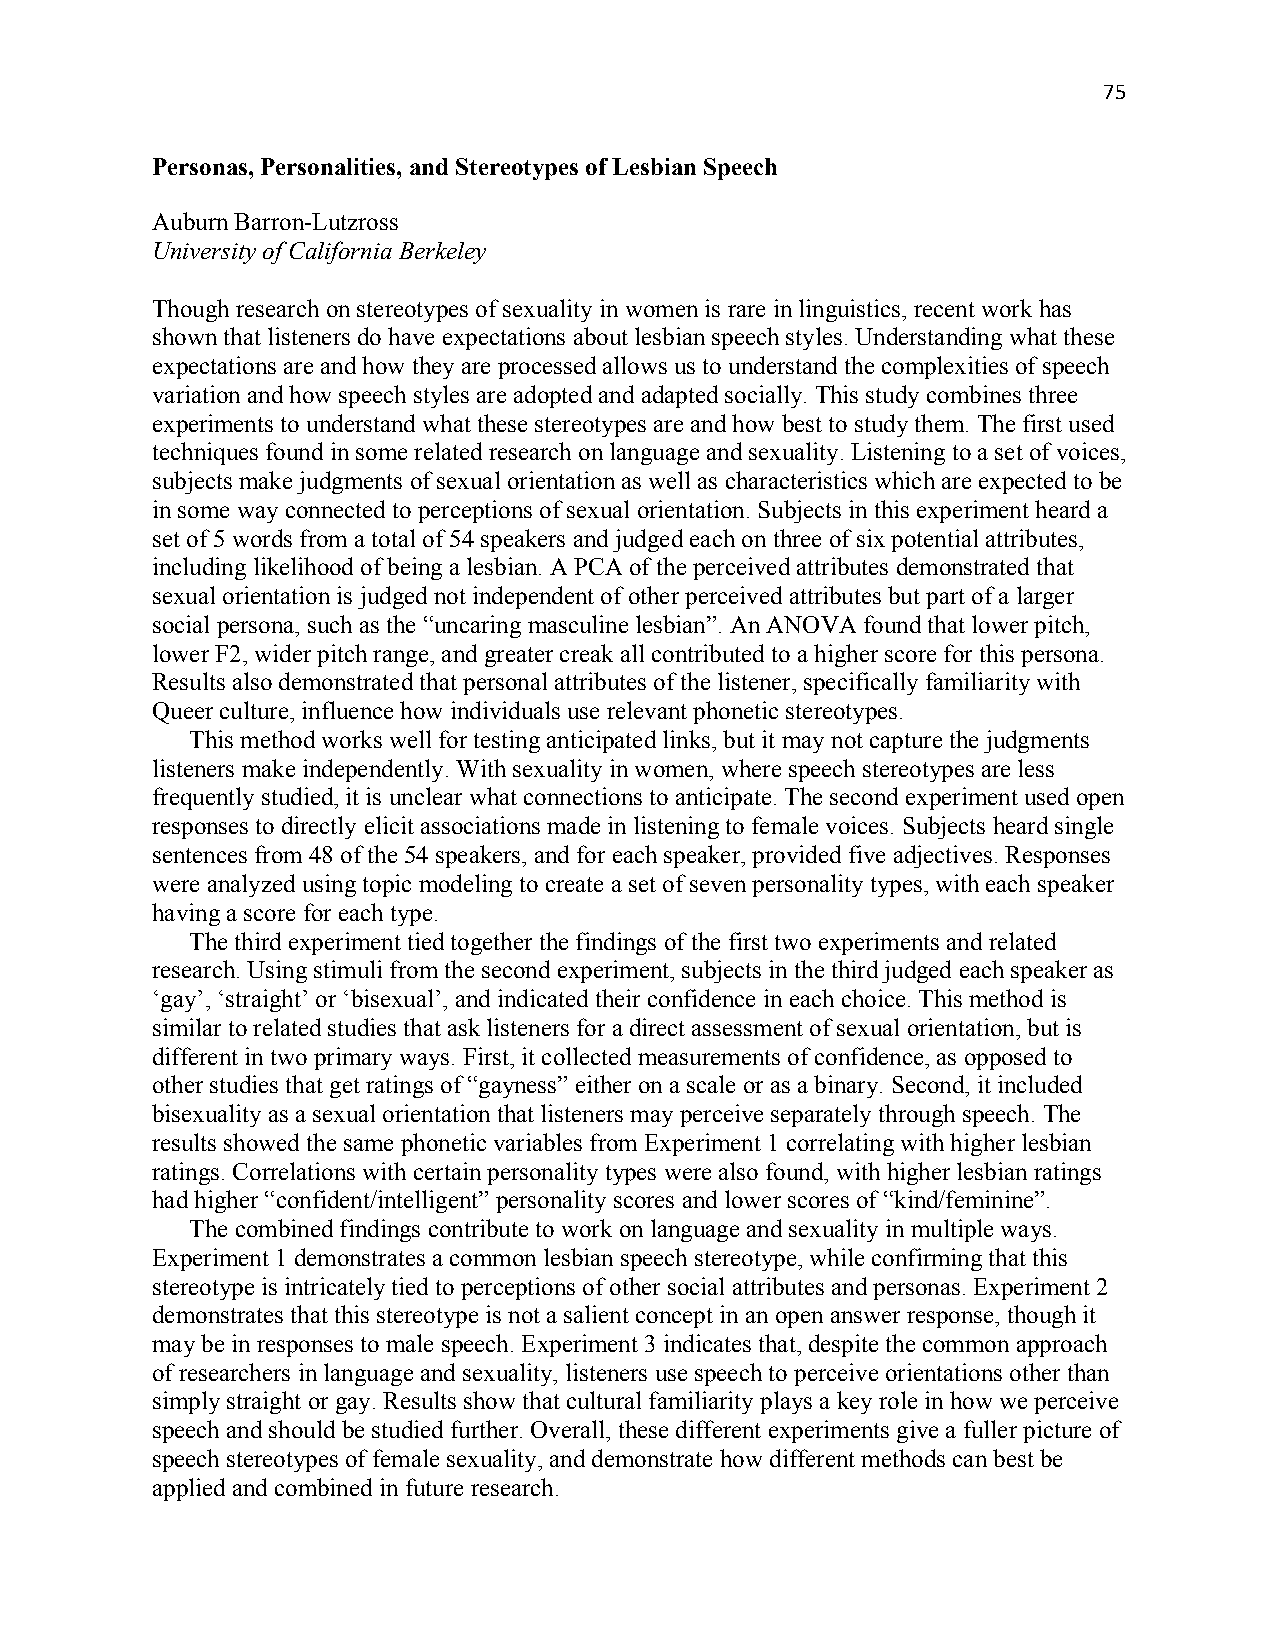
75
 Personas, Personalities, and Stereotypes of Lesbian Speech
 Auburn Barron-Lutzross
 University of California Berkeley
 Though research on stereotypes of sexuality in women is rare in linguistics, recent work has
 shown that listeners do have expectations about lesbian speech styles. Understanding what these
 expectations are and how they are processed allows us to understand the complexities of speech
 variation and how speech styles are adopted and adapted socially. This study combines three
 experiments to understand what these stereotypes are and how best to study them. The first used
 techniques found in some related research on language and sexuality. Listening to a set of voices,
 subjects make judgments of sexual orientation as well as characteristics which are expected to be
 in some way connected to perceptions of sexual orientation. Subjects in this experiment heard a
 set of 5 words from a total of 54 speakers and judged each on three of six potential attributes,
 including likelihood of being a lesbian. A PCA of the perceived attributes demonstrated that
 sexual orientation is judged not independent of other perceived attributes but part of a larger
 social persona, such as the “uncaring masculine lesbian”. An ANOVA found that lower pitch,
 lower F2, wider pitch range, and greater creak all contributed to a higher score for this persona.
 Results also demonstrated that personal attributes of the listener, specifically familiarity with
 Queer culture, influence how individuals use relevant phonetic stereotypes.
 This method works well for testing anticipated links, but it may not capture the judgments
 listeners make independently. With sexuality in women, where speech stereotypes are less
 frequently studied, it is unclear what connections to anticipate. The second experiment used open
 responses to directly elicit associations made in listening to female voices. Subjects heard single
 sentences from 48 of the 54 speakers, and for each speaker, provided five adjectives. Responses
 were analyzed using topic modeling to create a set of seven personality types, with each speaker
 having a score for each type.
 The third experiment tied together the findings of the first two experiments and related
 research. Using stimuli from the second experiment, subjects in the third judged each speaker as
 ‘gay’, ‘straight’ or ‘bisexual’, and indicated their confidence in each choice. This method is
 similar to related studies that ask listeners for a direct assessment of sexual orientation, but is
 different in two primary ways. First, it collected measurements of confidence, as opposed to
 other studies that get ratings of “gayness” either on a scale or as a binary. Second, it included
 bisexuality as a sexual orientation that listeners may perceive separately through speech. The
 results showed the same phonetic variables from Experiment 1 correlating with higher lesbian
 ratings. Correlations with certain personality types were also found, with higher lesbian ratings
 had higher “confident/intelligent” personality scores and lower scores of “kind/feminine”.
 The combined findings contribute to work on language and sexuality in multiple ways.
 Experiment 1 demonstrates a common lesbian speech stereotype, while confirming that this
 stereotype is intricately tied to perceptions of other social attributes and personas. Experiment 2
 demonstrates that this stereotype is not a salient concept in an open answer response, though it
 may be in responses to male speech. Experiment 3 indicates that, despite the common approach
 of researchers in language and sexuality, listeners use speech to perceive orientations other than
 simply straight or gay. Results show that cultural familiarity plays a key role in how we perceive
 speech and should be studied further. Overall, these different experiments give a fuller picture of
 speech stereotypes of female sexuality, and demonstrate how different methods can best be
 applied and combined in future research.